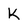
Character: K